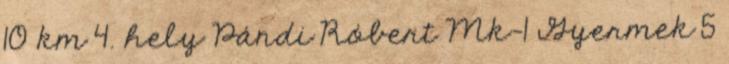
10 km 4. hely Pándi Róbert Mk-1 Gyermek 5